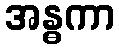
အန္ဓကာ